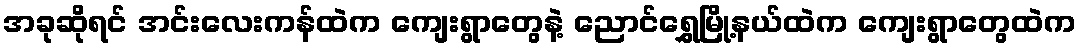
အခုဆိုရင် အင်းလေးကန်ထဲက ကျေးရွာတွေနဲ့ ညောင်ရွှေမြို့နယ်ထဲက ကျေးရွာတွေထဲက